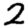
Digit: 2